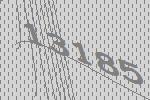
13185